Civil Veterinary Department Bengal reports 1933-51 - 1933-1951
Year: 1933
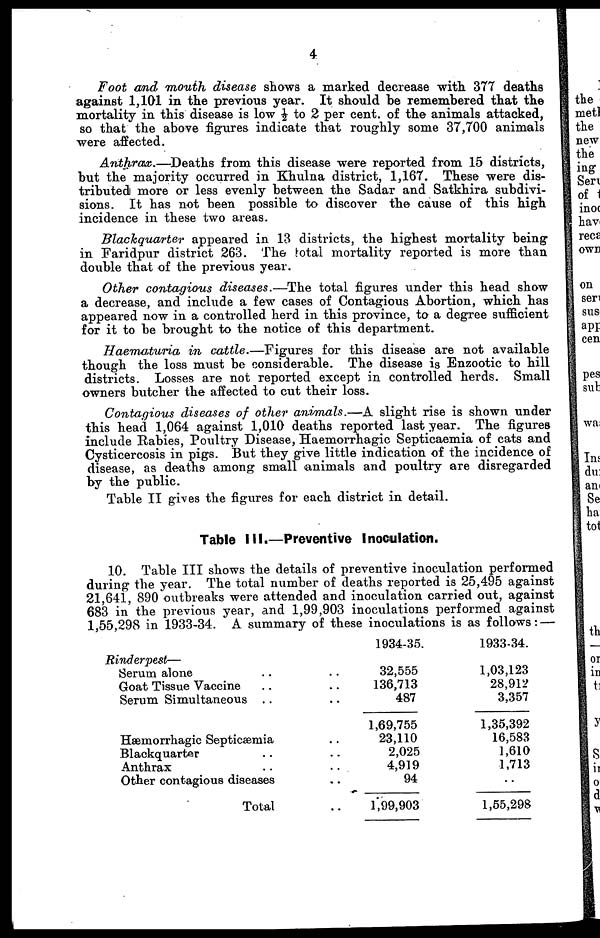
4
Foot and mouth disease shows a marked decrease with 377 deaths
against 1,101 in the previous year. It should be remembered that the
mortality in this disease is low ½ to 2 per cent. of the animals attacked,
so that the above figures indicate that roughly some 37,700 animals
were affected.
Anthrax.—Deaths
from this disease were reported from 15 districts,
but the majority occurred in Khulna district, 1,167. These were dis-
tributed more or less evenly between the Sadar and Satkhira subdivi-
sions. It has not been possible to discover the cause of this high
incidence in these two areas.
Blackquarter
appeared in 13 districts, the highest mortality being
in Faridpur district 263. The total mortality reported is more than
double that of the previous year.
Other contagious diseases.—The total figures under this head show
a decrease, and include a few cases of Contagious Abortion, which has
appeared now in a controlled herd in this province, to a degree sufficient
for it to be brought to the notice of this department.
Haematuria
in cattle.—Figures
for this disease are not available
though the loss must be considerable. The disease is Enzootic to hill
districts. Losses are not reported except in controlled herds. Small
owners butcher the affected to cut their loss.
Contagious diseases of other animals.—A slight rise is shown under
this head 1,064 against 1,010 deaths reported last year. The figures
include Rabies, Poultry Disease, Haemorrhagic Septicaemia of cats and
Cysticercosis in pigs. But they give little indication of the incidence of
disease, as deaths among small animals and poultry are disregarded
by the public.
Table II gives the figures for each district in detail.
Table III.—Preventive Inoculation.
10. Table III shows the details of preventive inoculation performed
during the year. The total number of deaths reported is 25,495 against
21,641, 890 outbreaks were attended and inoculation carried out, against
683 in the previous year, and 1,99,903 inoculations performed against
1,55,298 in 1933-34. A summary of these inoculations is as follows:—
Rinderpest—
Serum alone .. ..
Goat Tissue Vaccine .. ..
Serum Simultaneous .. ..
Hæmorrhagic Septicæmia ..
Blackquarter .. ..
Anthrax .. ..
Other contagious diseases ..
Total ..
1934-35.
32,555
136,713
487
1,69,755
23,110
2,025
4,919
94
1,99,903
1933-34.
1,03,123
28,912
3,357
1,35,392
16,583
1,610
1,713
..
1,55,298